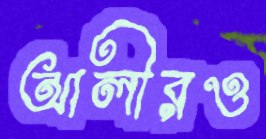
আলীরও